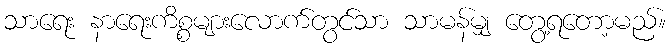
သာရေး နာရေးကိစ္စများလောက်တွင်သာ သာမန်မျှ တွေ့ရတော့မည်။